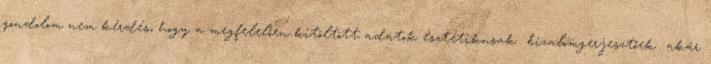
gondolom nem kérdés, hogy a megfelelően kitöltött adatok esztétikusak bizalomgerjesztőek akár